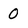
Character: 0